Report on certain features of malaria in the island of Salsette
Disease focus: Malaria
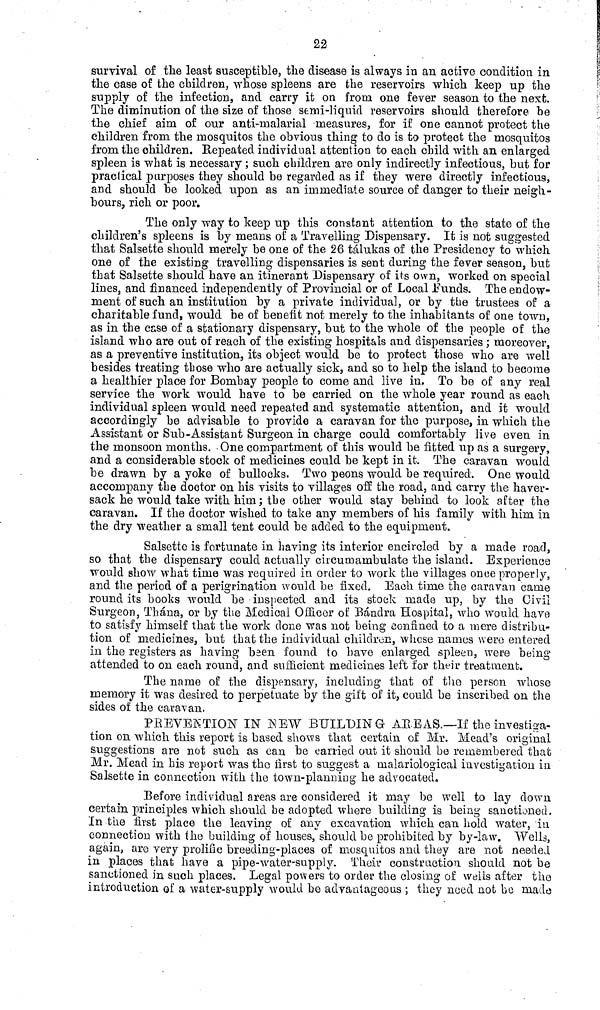
22
survival of the least susceptible, the disease is always in an active condition in
the case of the children, whose spleens are the reservoirs which keep up the
supply of the infection, and carry it on from one fever season to the next.
The diminution of the size of those semi-liquid reservoirs should therefore he
the chief aim of our anti-malarial measures, for if one cannot protect the
children from the mosquitos the obvious thing to do is to protect the mosquitos
from, the children. Repeated individual attention to each child with an enlarged
spleen is what is necessary ; such children are only indirectly infectious, but for
practical purposes they should be regarded as if they were directly infectious,
and should be looked upon as an immediate source of danger to their neigh-
bours, rich or poor.
The only way to keep up this constant attention to the state of the
children's spleens is by means of a Travelling Dispensary. It is not suggested
that Salsette should merely be one of the 26 tálukas of the Presidency to which
one of the existing travelling dispensaries is sent during the fever season, but
that Salsette should have an itinerant Dispensary of its own, worked on special
lines., and financed independently of Provincial or of Local .Funds. The endow-
ment of such an institution by a private individual, or by the trustees of a
charitable fund, would be of benefit not merely to the inhabitants of one town,
as in the case of a stationary dispensary, but to the whole of the people of the
island who are out of reach of the existing hospitals and dispensaries ; moreover,
as a preventive institution, its object would be to protect those who are well
besides treating those who are actually sick, and so to help the island to become
a healthier place for Bombay people to come and live in, To be of any real
service the work would have to be carried on the whole year round as each
individual spleen would need repeated and systematic attention, and it would
accordingly be advisable to provide a caravan for the purpose, in which the
Assistant or Sub-Assistant Surgeon in charge could comfortably live even in
the monsoon months. One compartment of this would be fitted up as a surgery,
and a considerable stock of medicines could be kept in it. The caravan would
be drawn by a yoke of bullocks. Two peons would be required. One would
accompany the doctor on his visits to villages off the road, and carry the haver-
sack he would take with him; the other would stay behind to look after the
caravan. If the doctor wished to take any members of his family with him in
the dry weather a small tent could be added to the equipment.
Salsette is fortunate in having its interior encircled by a made road,
so that the dispensary could actually circumambulate the island. Experience
would show what time was required in order to work the villages once properly,
and the period of a perigrination would be fixed. Each time the caravan came
round its boots would be inspected and its stock made up, by the Civil
Surgeon, Thána, or by the Medical Officer of Banclra Hospital, who would have
to satisfy himself that the work done was not being confined to a -mere distribu-
tion of medicinesj but that the individual children, whose names were entered
in the registers as having been found to have enlarged spleen, were being
attended to on each round, and sufficient medicines left for their treatment.
The name of the dispensary, including that of the person whose
memory it was desired to perpetuate by the gift of it } could be inscribed on the
sides of the caravan.
PREVENTION IN NEW BUILDING AREAS.—If the investiga-
tion on which this report is based shows that certain of Mr. Mead's original
suggestions are not such as can be earned out it should be remembered that
Mr, Mead in his report was the first to suggest a malariologieal investigation in
Salsette in connection with the town-planning he advocated,
Before individual areas are considered it may be well to lay down
certain principles which should be adopted where building is being sanctioned.
In the first place the leaving of any excavation which can hold water, in
connection with the building of houses, should be prohibited by by-law. "Wells,
again, are very prolific breeding-places of mosquitos and they are not needed,
in places that have a pipe-water-supply. Their construction, should not be
sanctioned in such places. Legal powers to order the closing of wells after the
introduction of a water-supply would be advantageous ; they need not be made